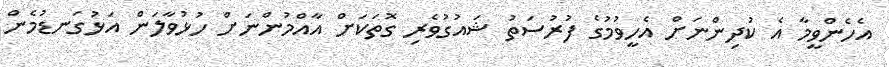
އެހެންވީމާ އެ ކުދިންނަށް އެހީވުމުގެ ފުރުސަތު ޝައުގުވެރި ގޮތަކަށް އާއްމުންނަށް ހުޅުވާލަން އަޅުގަނޑުމެން